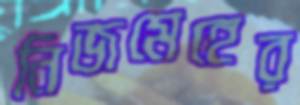
নিজমেহের